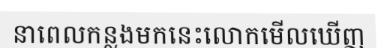
នាពេលកន្លងមកនេះលោកមើលឃើញ